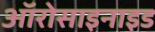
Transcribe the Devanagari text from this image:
ऑरोसाइनाइड